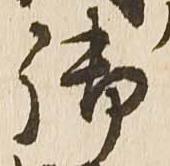
御